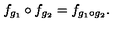
f _ { g _ { 1 } } \circ f _ { g _ { 2 } } = f _ { g _ { 1 } \circ g _ { 2 } } .